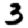
Digit: 3